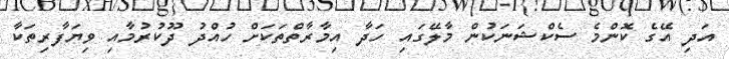
އަދި އޭގެ ކޮންމެ ސެކްޝަނަކުން މާލޭގައި ހަދާ އިމާރާތްތަކަށް ހުއްދު ދޫކުރުމާއި ވިޔަފާރިތަކާ